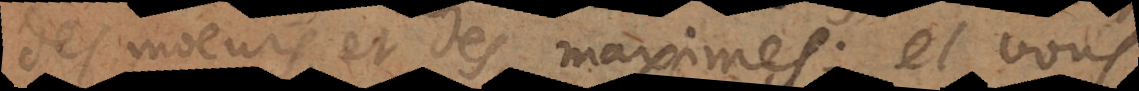
des moeurs, et des maximes; et vous